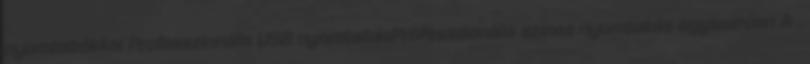
nyomtatókkal Professzionális USB nyomtatásProfesszionális színes nyomtatás egyszerűen A .